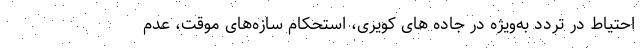
احتیاط در تردد به‌ویژه در جاده های کویری، استحکام سازه‌های موقت، عدم